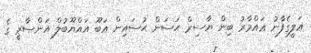
ޢަލީގެފާނު ޢައްމާރު ބިން ޔާސިރް ޙަސަން ޙުސައިން އަބޫ އައްޔޫބުލް އަންޞާރީ ގެ